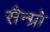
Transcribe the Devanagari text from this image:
सैन्ग्रो